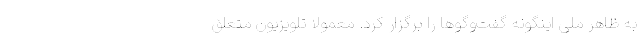
به ظاهر ملی اینگونه گفت‌وگوها را برگزار کرد. معمولا تلویزیون متعلق